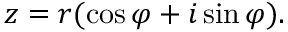
z = r ( \cos \varphi + i \sin \varphi ) .